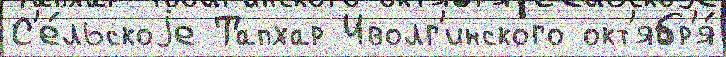
С'е́льскоjе Тапхар Иволг'инского окт'ябр'я́